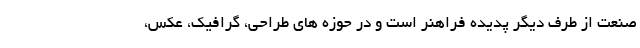
صنعت از طرف دیگر پدیده فراهنر است و در حوزه های طراحی، گرافیک، عکس،